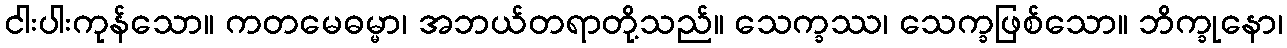
ငါးပါးကုန်သော။ ကတမေဓမ္မာ၊ အဘယ်တရာတို့သည်။ သေက္ခဿ၊ သေက္ခဖြစ်သော။ ဘိက္ခုနော၊